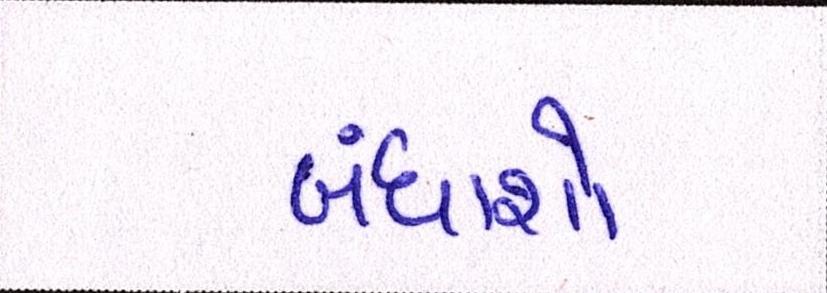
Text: બંધાશો